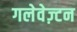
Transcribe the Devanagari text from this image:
गलेवेज़्टन